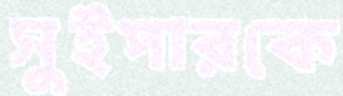
সুইপারকে